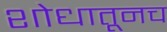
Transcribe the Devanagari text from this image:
शोधातूनच